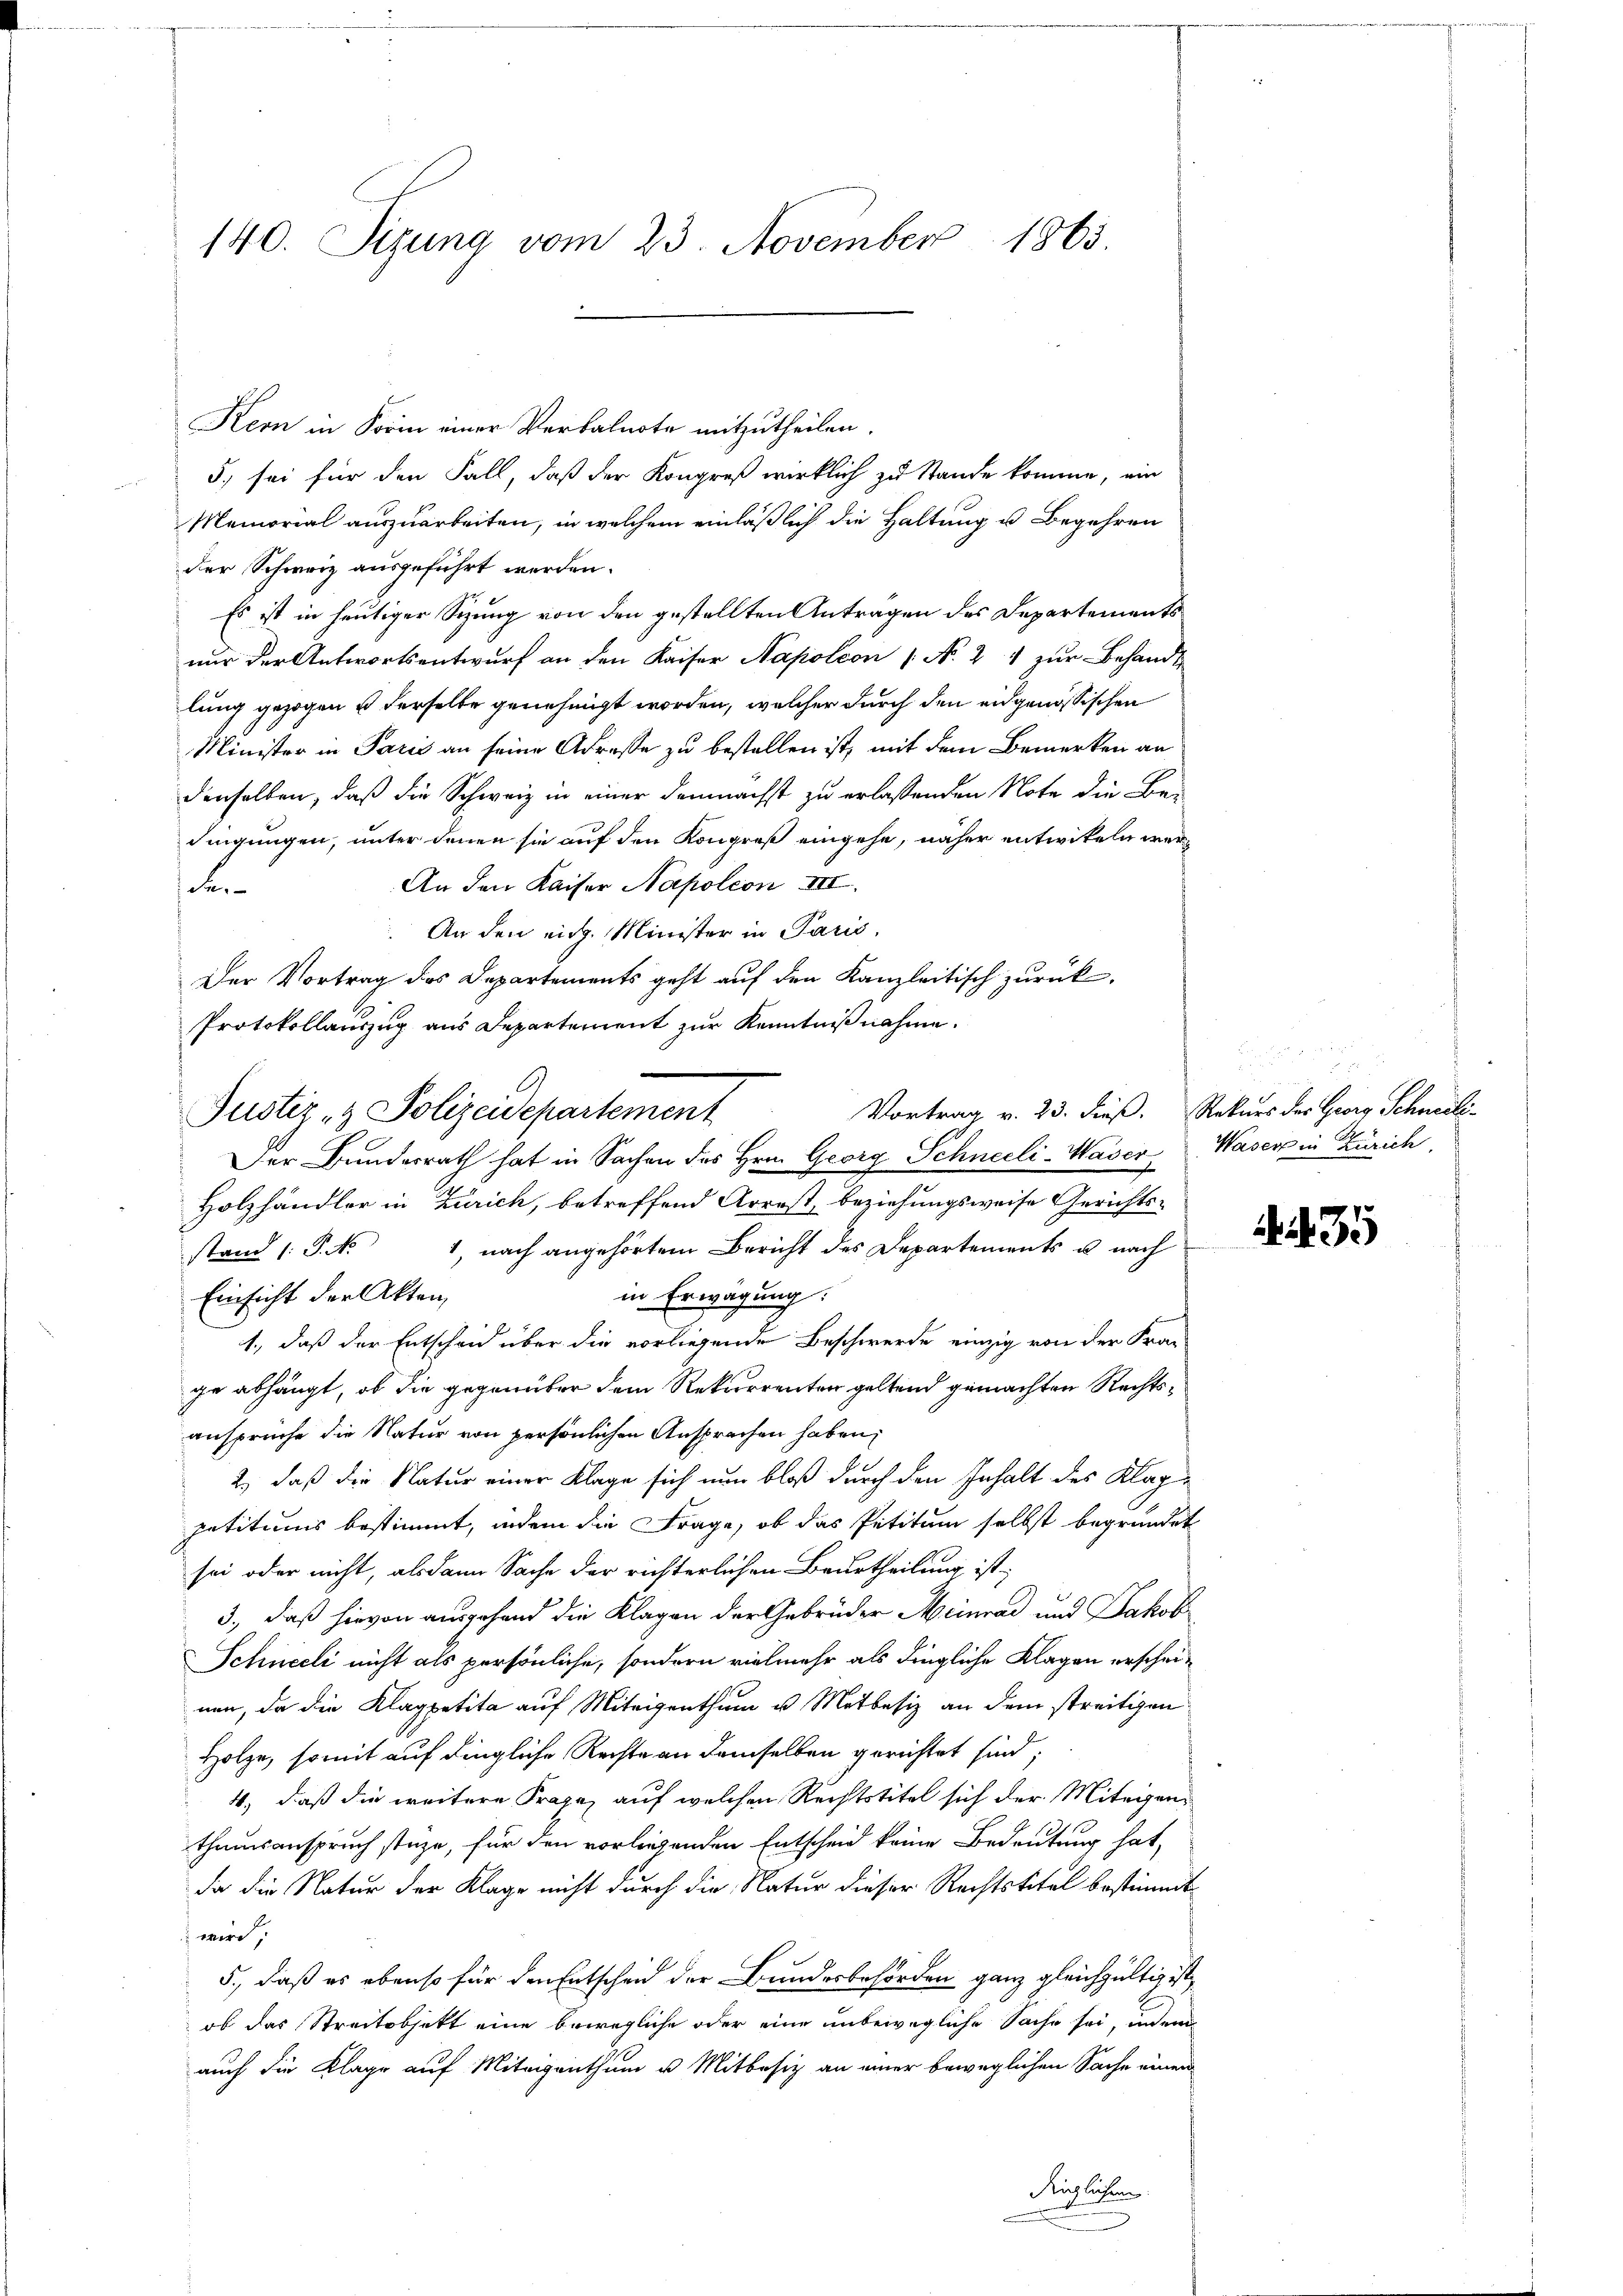
140. Sizung vom 23. November 1863.

Kern in Form einer Verbalnote mitzutheilen.
5. sei für den Fall, daß der Kongreß wirklich zu Stande komme, ein
Memorial auszuarbeiten, in welchem einläßlich die Haltung u. Begehren
der Schweiz ausgeführt werden.
Es ist in heutiger Sizung von den gestellten Antragen des Departements
nur der Antwortsentwurf an den Kaiser Napoleon (N. 2 zur Behandl
lung gezogen u derselbe genehmigt worden, welcher durch den eidgenössischen
Minister in Paris an seine Adresse zu bestellen ist, mit dem Bemerken an
denselben, daß die Schweiz in einer demnächst zu erlassenden Note die Be-
dingungen, unter denen sie auf den Kongreß eingehe, näher entwikeln wer¬
An den Kaiser Napoleon III.
den
An den eidg. Minister in Paris,
Der Vortrag des Departements geht auf den Kanzleitisch zurück-
Protokollauszug aus Departement zur Kenntnißnahme.
Der Bunderrath hat in Sachen des Hrn. Georg Schneeli-Waser Waser in Zürich
Holzhändler in Zürich, betreffend Arrest, beziehungsweise Gerichtsstand (P. Nr. 1, nach angehörtem Bericht des Departements u. nach
in Erwägung:
Einsicht der Akten,
1., daß der Entscheid über die vorliegenden Beschwerde einzig von der Fra-
ge abhängt, ob die gegenüber dem Rekurrenten geltend gemachten Rechtsansprüche die Natur von persönlichen Ansprachen haben,
2.) daß die Natur einer Klage sich nun bloß durch den Inhalt des Klag
petitiums bestimmt, indem die Frage, ob das Petitum selbst begründet
sei oder nicht, als dann Sache der richterlichen Beurtheilung ist
3., daß hievon ausgehend die Klagen der Gebrüder Meinrad und Jakob
Schneeli nicht als persönliche, sondern vielmehr als dingliche Klagen erscheinen, da die Klappetita auf Miteigenthum u. Mitbesiz an dem streitigen
Holze, somit auf dingliche Rechte an demselben gerichtet sind;
4., daß die weitere Frage, auf welchen Rechtstitel sich der Miteigen
thumsanspruch state, für den vorliegenden Entscheid keine Bedeutung hat,
da die Natur der Klage nicht durch die Natur dieser Rechtstitel bestimmt
 wird,
5., daß es ebenso für den Entscheid der Bundesbehörden ganz gleichgültig ist,
ob das Streitobjekt eine bewegliche oder eine unbewegliche Sache sei, indem
auch die Klage auf Miteigenthum u. Mitbesiz an einer beweglichen Sache einen
dinglichen.

Justiz- & Polizeidepartement

Vortrag v. 23. dieß. Rekurs des Georg Schweili-

a

. 435